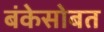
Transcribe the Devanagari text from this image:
बंकेसोबत